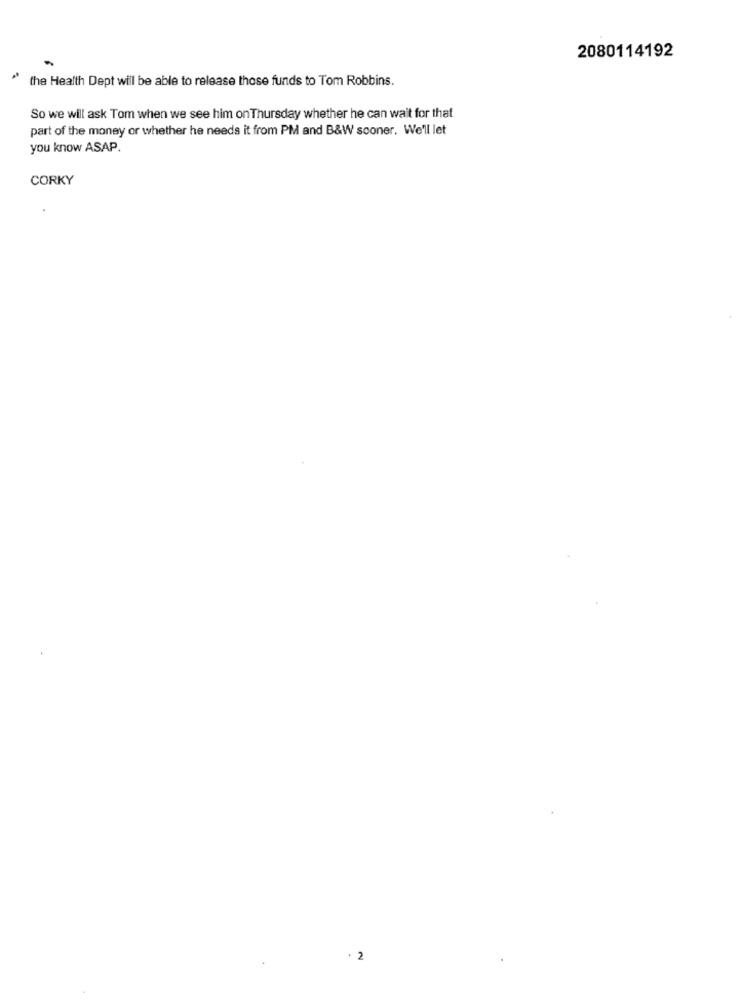
2080114192
the Health Dept will be able to release those funds to Tom Robbins.
So we will ask Tom when we see him on Thursday whether he can wait for that
part of the money or whether he needs it from PM and B&W sooner. We'll let
you know ASAP.
CORKY
. 2